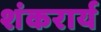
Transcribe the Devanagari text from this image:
शंकरार्य